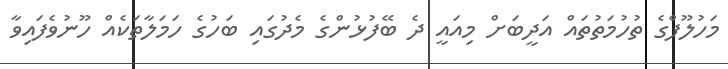
މަހުލޫފްގެ ތުހުމަތުތައް އަދީބަށް މިއައީ ދެ ބޭފުޅުންގެ މެދުގައި ބަހުގެ ހަމަލާތަކެއް ހޫނުވެފައިވާ